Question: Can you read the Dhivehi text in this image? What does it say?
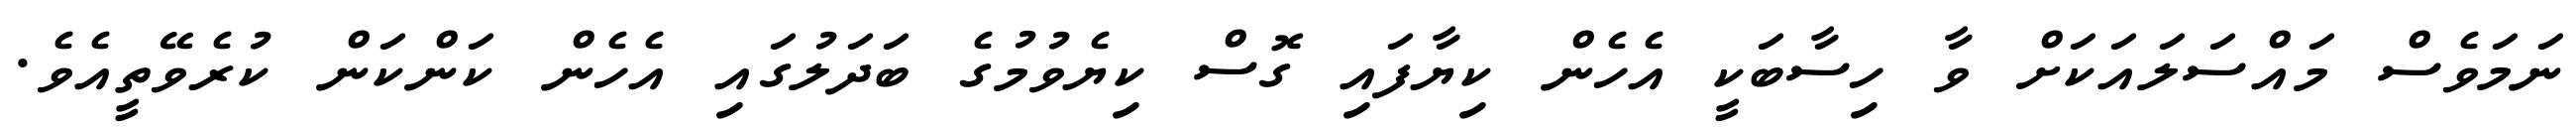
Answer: ނަމަވެސް މައްސަލައަކަށް ވާ ހިސާބަކީ އެހެން ކިޔާފައި ގޮސް ކިޔެވުމުގެ ބަދަލުގައި އެހެން ކަންކަން ކުރެވޭތީއެވެ.